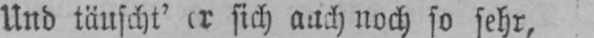
Und täuscht’ er sich auch noch so sehr,